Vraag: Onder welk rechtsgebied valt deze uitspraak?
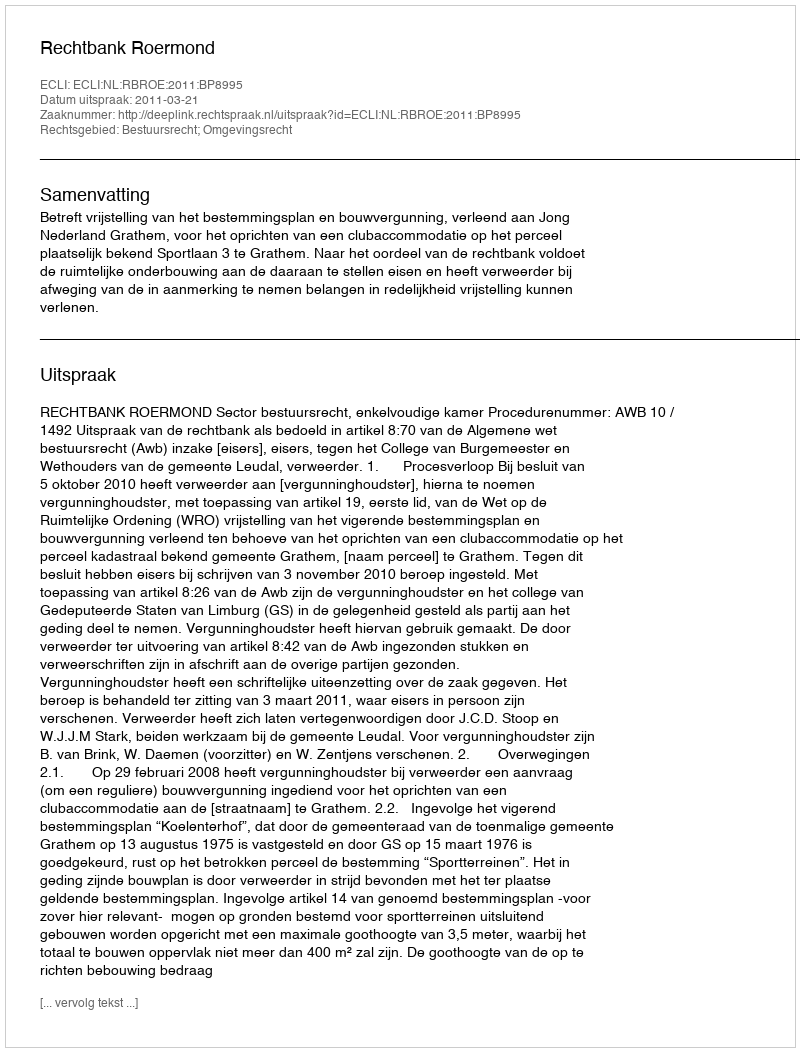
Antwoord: Bestuursrecht; Omgevingsrecht